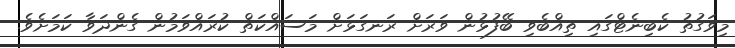
މިވަގުތު ކެބިނެޓްގައި ތިއްބެވި ބޭފުޅުން ވަރަށް ރަނގަޅަށް މަސައްކަތް ކުރައްވަމުން ގެންދަވާ ކަމަށެވެ.